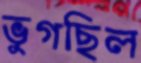
ভুগছিল